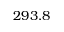
2 9 3 . 8